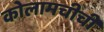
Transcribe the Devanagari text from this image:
कोलामचीची